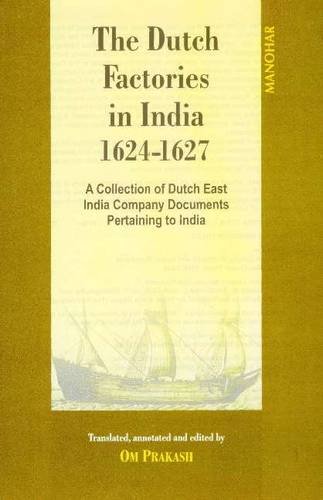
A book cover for Dutch Factories in India 1624-1627: A Collection of Dutch East India Company Documents Pertaining to India: v2 1624-7 (v. 2); Prakash; History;